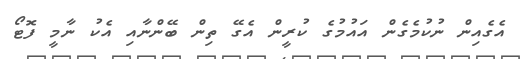
އެގެއިން ނުކުމެގެން އައުމުގެ ކުރީން އެގޭ ތިން ބޭންނާއި އެކު ނާމީ ފޮޓޯ